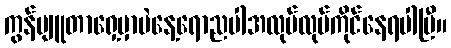
ကွန်ပျူတာရှေ့မှာပဲနေ့ရောညပါအလုပ်လုပ်ကိုင်နေရပါပြီ။